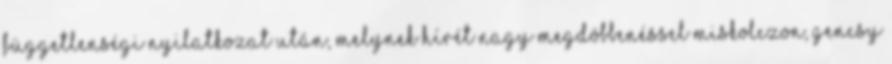
függetlenségi nyilatkozat után, melynek hírét nagy megdöbbenéssel Miskolczon, Gencsy